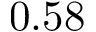
0 . 5 8